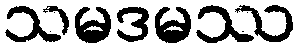
သမဒမဿ